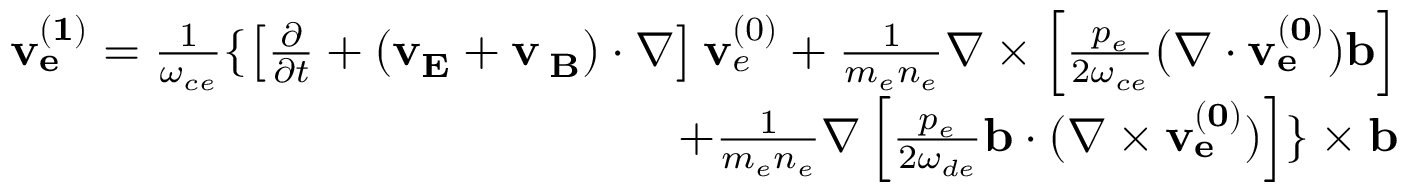
\begin{array} { r } { \begin{array} { r } { { \bf v _ { e } ^ { ( 1 ) } } = \frac { 1 } { \omega _ { c e } } \{ \left[ \frac { \partial } { \partial t } + ( { \bf v _ { E } } + { \bf v _ { \nabla B } } ) \cdot \nabla \right] { \bf v } _ { e } ^ { ( 0 ) } + \frac { 1 } { m _ { e } n _ { e } } \nabla \times \left[ \frac { p _ { e } } { 2 \omega _ { c e } } ( \nabla \cdot { \bf v _ { e } ^ { ( 0 ) } } ) { \bf b } \right] } \\ { + \frac { 1 } { m _ { e } n _ { e } } \nabla \left[ \frac { p _ { e } } { 2 \omega _ { d e } } { \bf b } \cdot ( \nabla \times { \bf v _ { e } ^ { ( 0 ) } } ) \right] \} \times { \bf b } } \end{array} } \end{array}